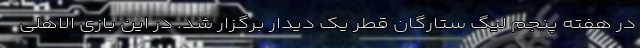
در هفته پنجم لیگ ستارگان قطر یک دیدار برگزار شد. در این بازی الاهلی